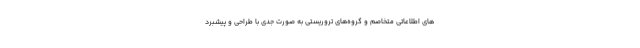
های اطلاعاتی متخاصم و گروه‌های تروریستی به صورت جدی با طراحی و پیشبرد